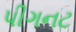
પીગનટ